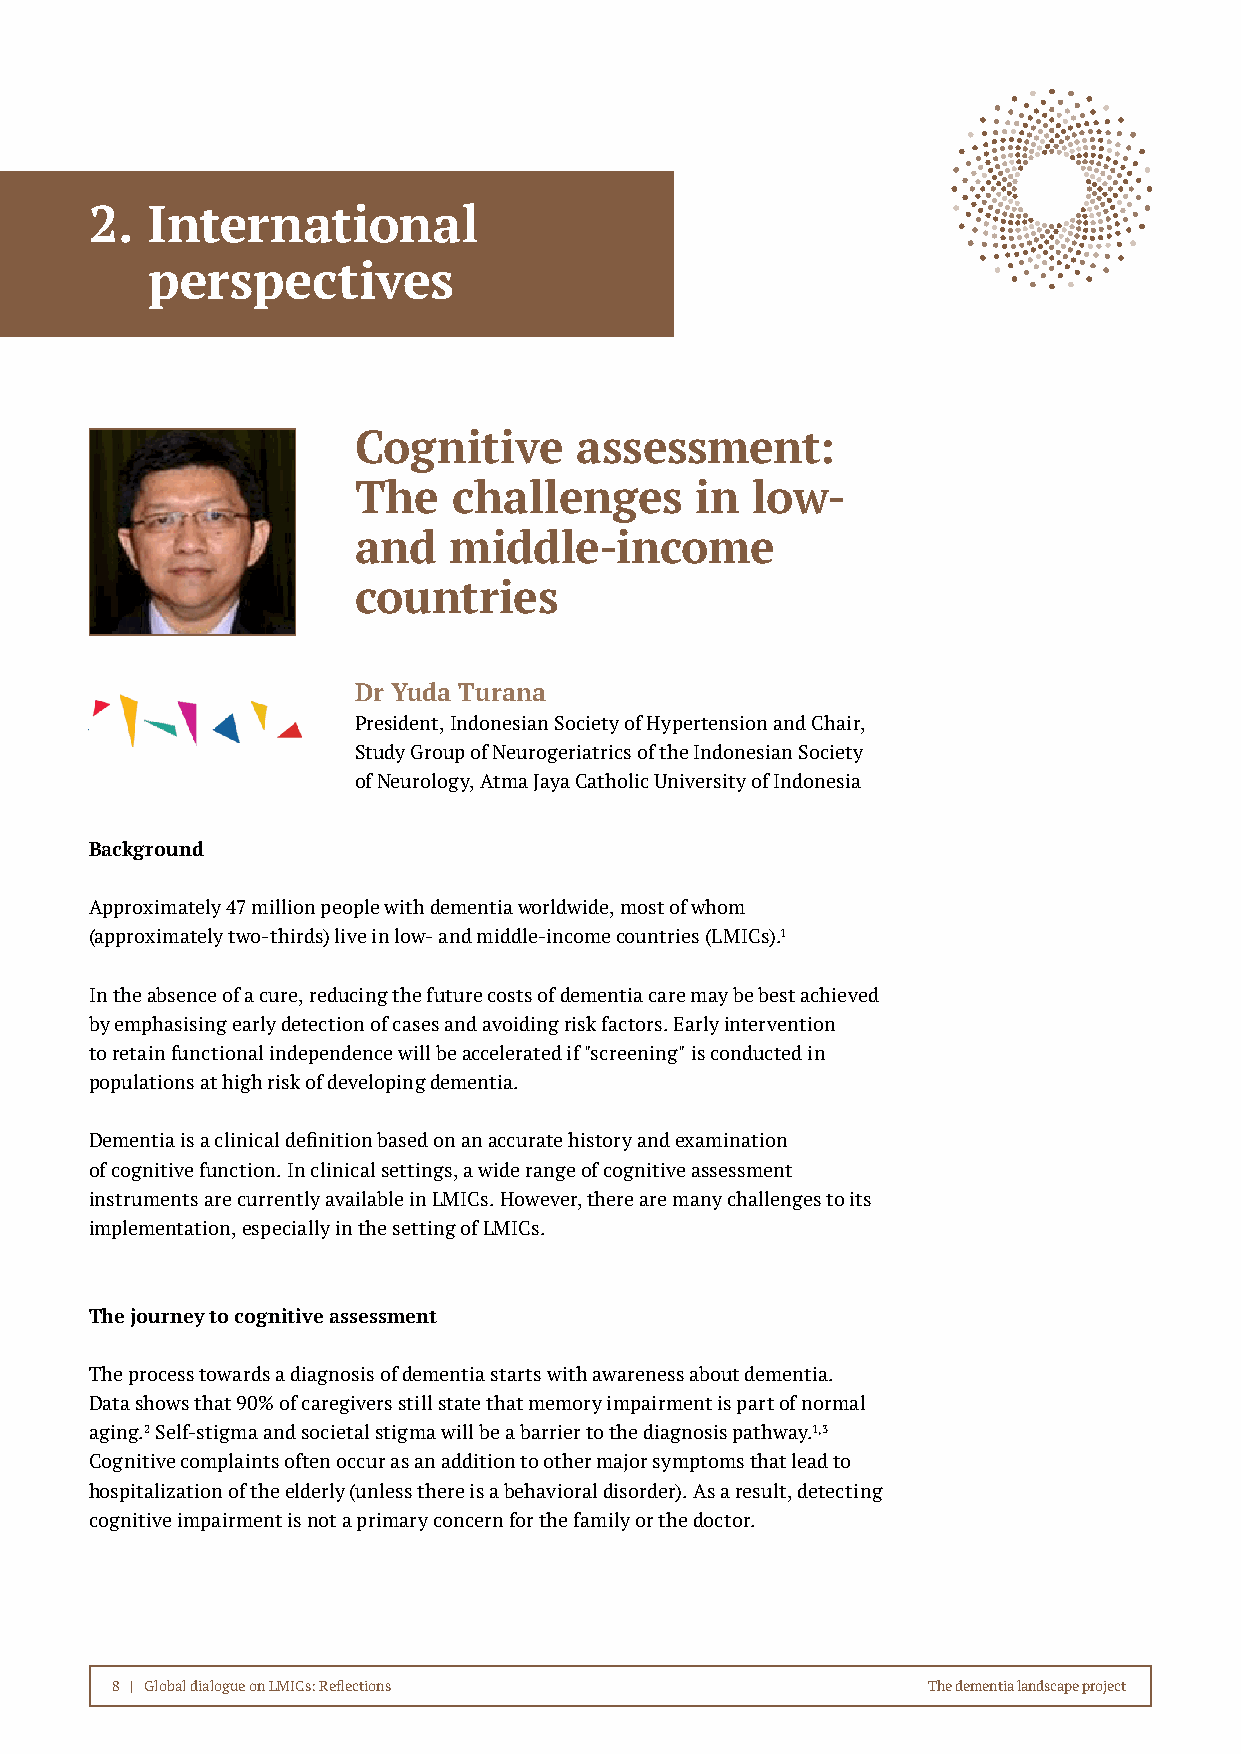
2.  International
 perspectives
 Cognitive      assessment:
 The    challenges      in  low-
 and    middle-income
 countries
 Dr Yuda Turana
 President, Indonesian Society of Hypertension and Chair,
 Study Group of Neurogeriatrics of the Indonesian Society
 of Neurology, Atma Jaya Catholic University of Indonesia
 Background
 Approximately 47 million people with dementia worldwide, most of whom
 (approximately two-thirds) live in low- and middle-income countries (LMICs).1
 In the absence of a cure, reducing the future costs of dementia care may be best achieved
 by emphasising early detection of cases and avoiding risk factors. Early intervention
 to retain functional independence will be accelerated if "screening" is conducted in
 populations at high risk of developing dementia.
 Dementia is a clinical definition based on an accurate history and examination
 of cognitive function. In clinical settings, a wide range of cognitive assessment
 instruments are currently available in LMICs. However, there are many challenges to its
 implementation, especially in the setting of LMICs.
 The journey to cognitive assessment
 The process towards a diagnosis of dementia starts with awareness about dementia.
 Data shows that 90% of caregivers still state that memory impairment is part of normal
 aging.2 Self-stigma and societal stigma will be a barrier to the diagnosis pathway.1,3
 Cognitive complaints often occur as an addition to other major symptoms that lead to
 hospitalization of the elderly (unless there is a behavioral disorder). As a result, detecting
 cognitive impairment is not a primary concern for the family or the doctor.
 8 | Global dialogue on LMICs: Reflections             The dementia landscape project